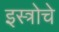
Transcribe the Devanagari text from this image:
इस्त्रोचे